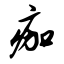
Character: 痂